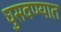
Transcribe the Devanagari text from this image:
घुसवण्यात